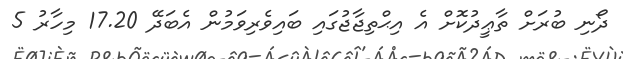
ދޯނި ބުރަށް ތާޢީދުކޮށް އެ އިޙްތިޖާޖުގައި ބައިވެރިވަމުން އެބަދޭ 17.20 މިހާރު 5